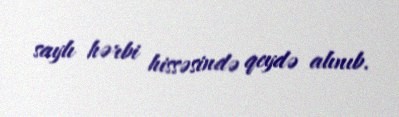
saylı hərbi hissəsində qeydə alınıb.